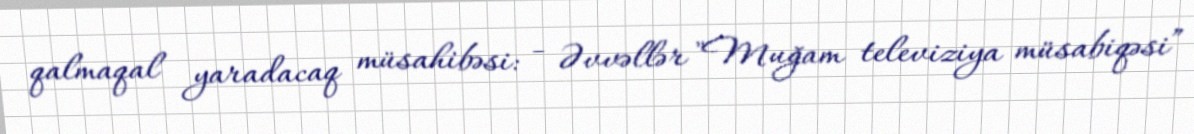
qalmaqal yaradacaq müsahibəsi: - Əvvəllər "Muğam televiziya müsabiqəsi”